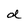
Character: d